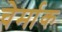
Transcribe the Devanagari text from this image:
चेर्माक